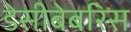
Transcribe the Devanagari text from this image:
डेसीबेबरिस